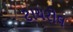
ટાયરોલ